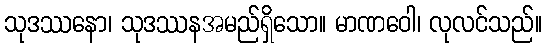
သုဒဿနော၊ သုဒဿနအမည်ရှိသော။ မာဏဝေါ၊ လုလင်သည်။